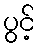
ပွင့်